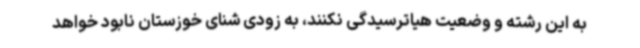
به این رشته و وضعیت هیاترسیدگی نکنند، به زودی شنای خوزستان نابود خواهد